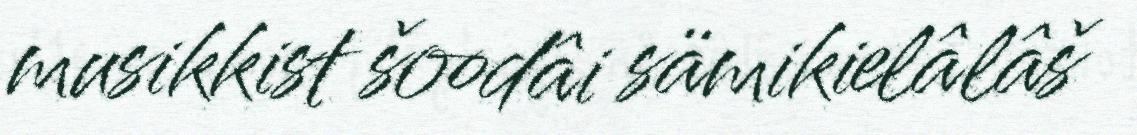
musikkist šoodâi sämikielâlâš